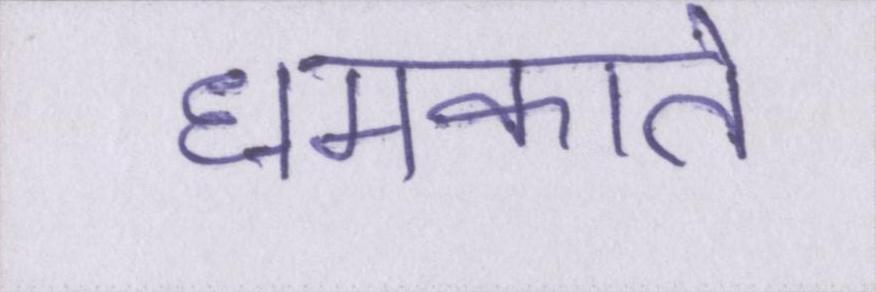
धमकाते